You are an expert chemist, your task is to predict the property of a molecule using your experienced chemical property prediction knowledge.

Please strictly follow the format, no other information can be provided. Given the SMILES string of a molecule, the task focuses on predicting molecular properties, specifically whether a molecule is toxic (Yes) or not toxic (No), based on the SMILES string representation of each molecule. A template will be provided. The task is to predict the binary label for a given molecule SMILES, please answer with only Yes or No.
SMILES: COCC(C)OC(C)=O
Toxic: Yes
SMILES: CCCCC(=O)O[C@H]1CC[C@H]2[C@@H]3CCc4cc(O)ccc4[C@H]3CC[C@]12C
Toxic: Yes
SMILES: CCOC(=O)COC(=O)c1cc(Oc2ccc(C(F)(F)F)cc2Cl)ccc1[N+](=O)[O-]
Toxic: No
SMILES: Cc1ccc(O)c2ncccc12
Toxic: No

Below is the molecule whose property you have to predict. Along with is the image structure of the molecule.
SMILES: Cc1ccc(NC(N)=O)cc1
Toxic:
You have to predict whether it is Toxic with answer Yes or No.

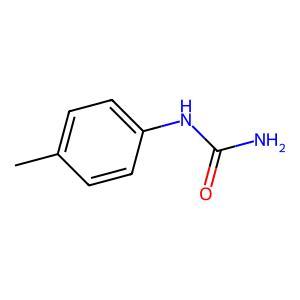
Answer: No